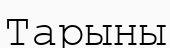
Тарыны